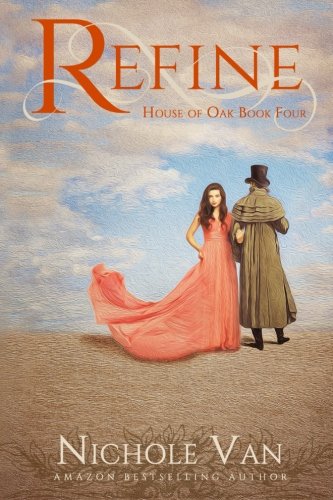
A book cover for Refine (House of Oak) (Volume 4); Nichole Van; Romance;